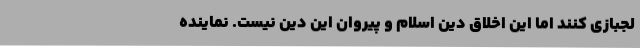
لجبازی کنند اما این اخلاق دین اسلام و پیروان این دین نیست. نماینده